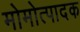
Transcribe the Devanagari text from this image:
मोमोत्पादक